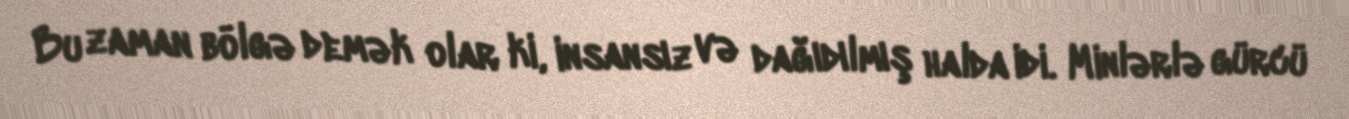
Bu zaman bölgə demək olar ki, insansız və dağıdılmış halda idi. Minlərlə gürcü